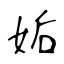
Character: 姤